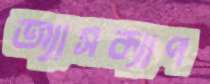
অ্যাসক্যাপ